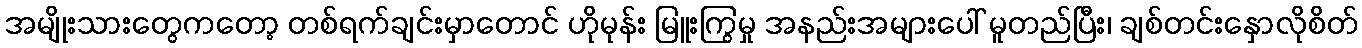
အမျိုးသားတွေကတော့ တစ်ရက်ချင်းမှာတောင် ဟိုမုန်း မြူးကြွမှု အနည်းအများပေါ် မူတည်ပြီး၊ ချစ်တင်းနှောလိုစိတ်